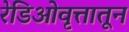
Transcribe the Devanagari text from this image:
रेडिओवृत्तातून